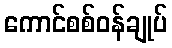
ကောင်စစ်ဝန်ချုပ်